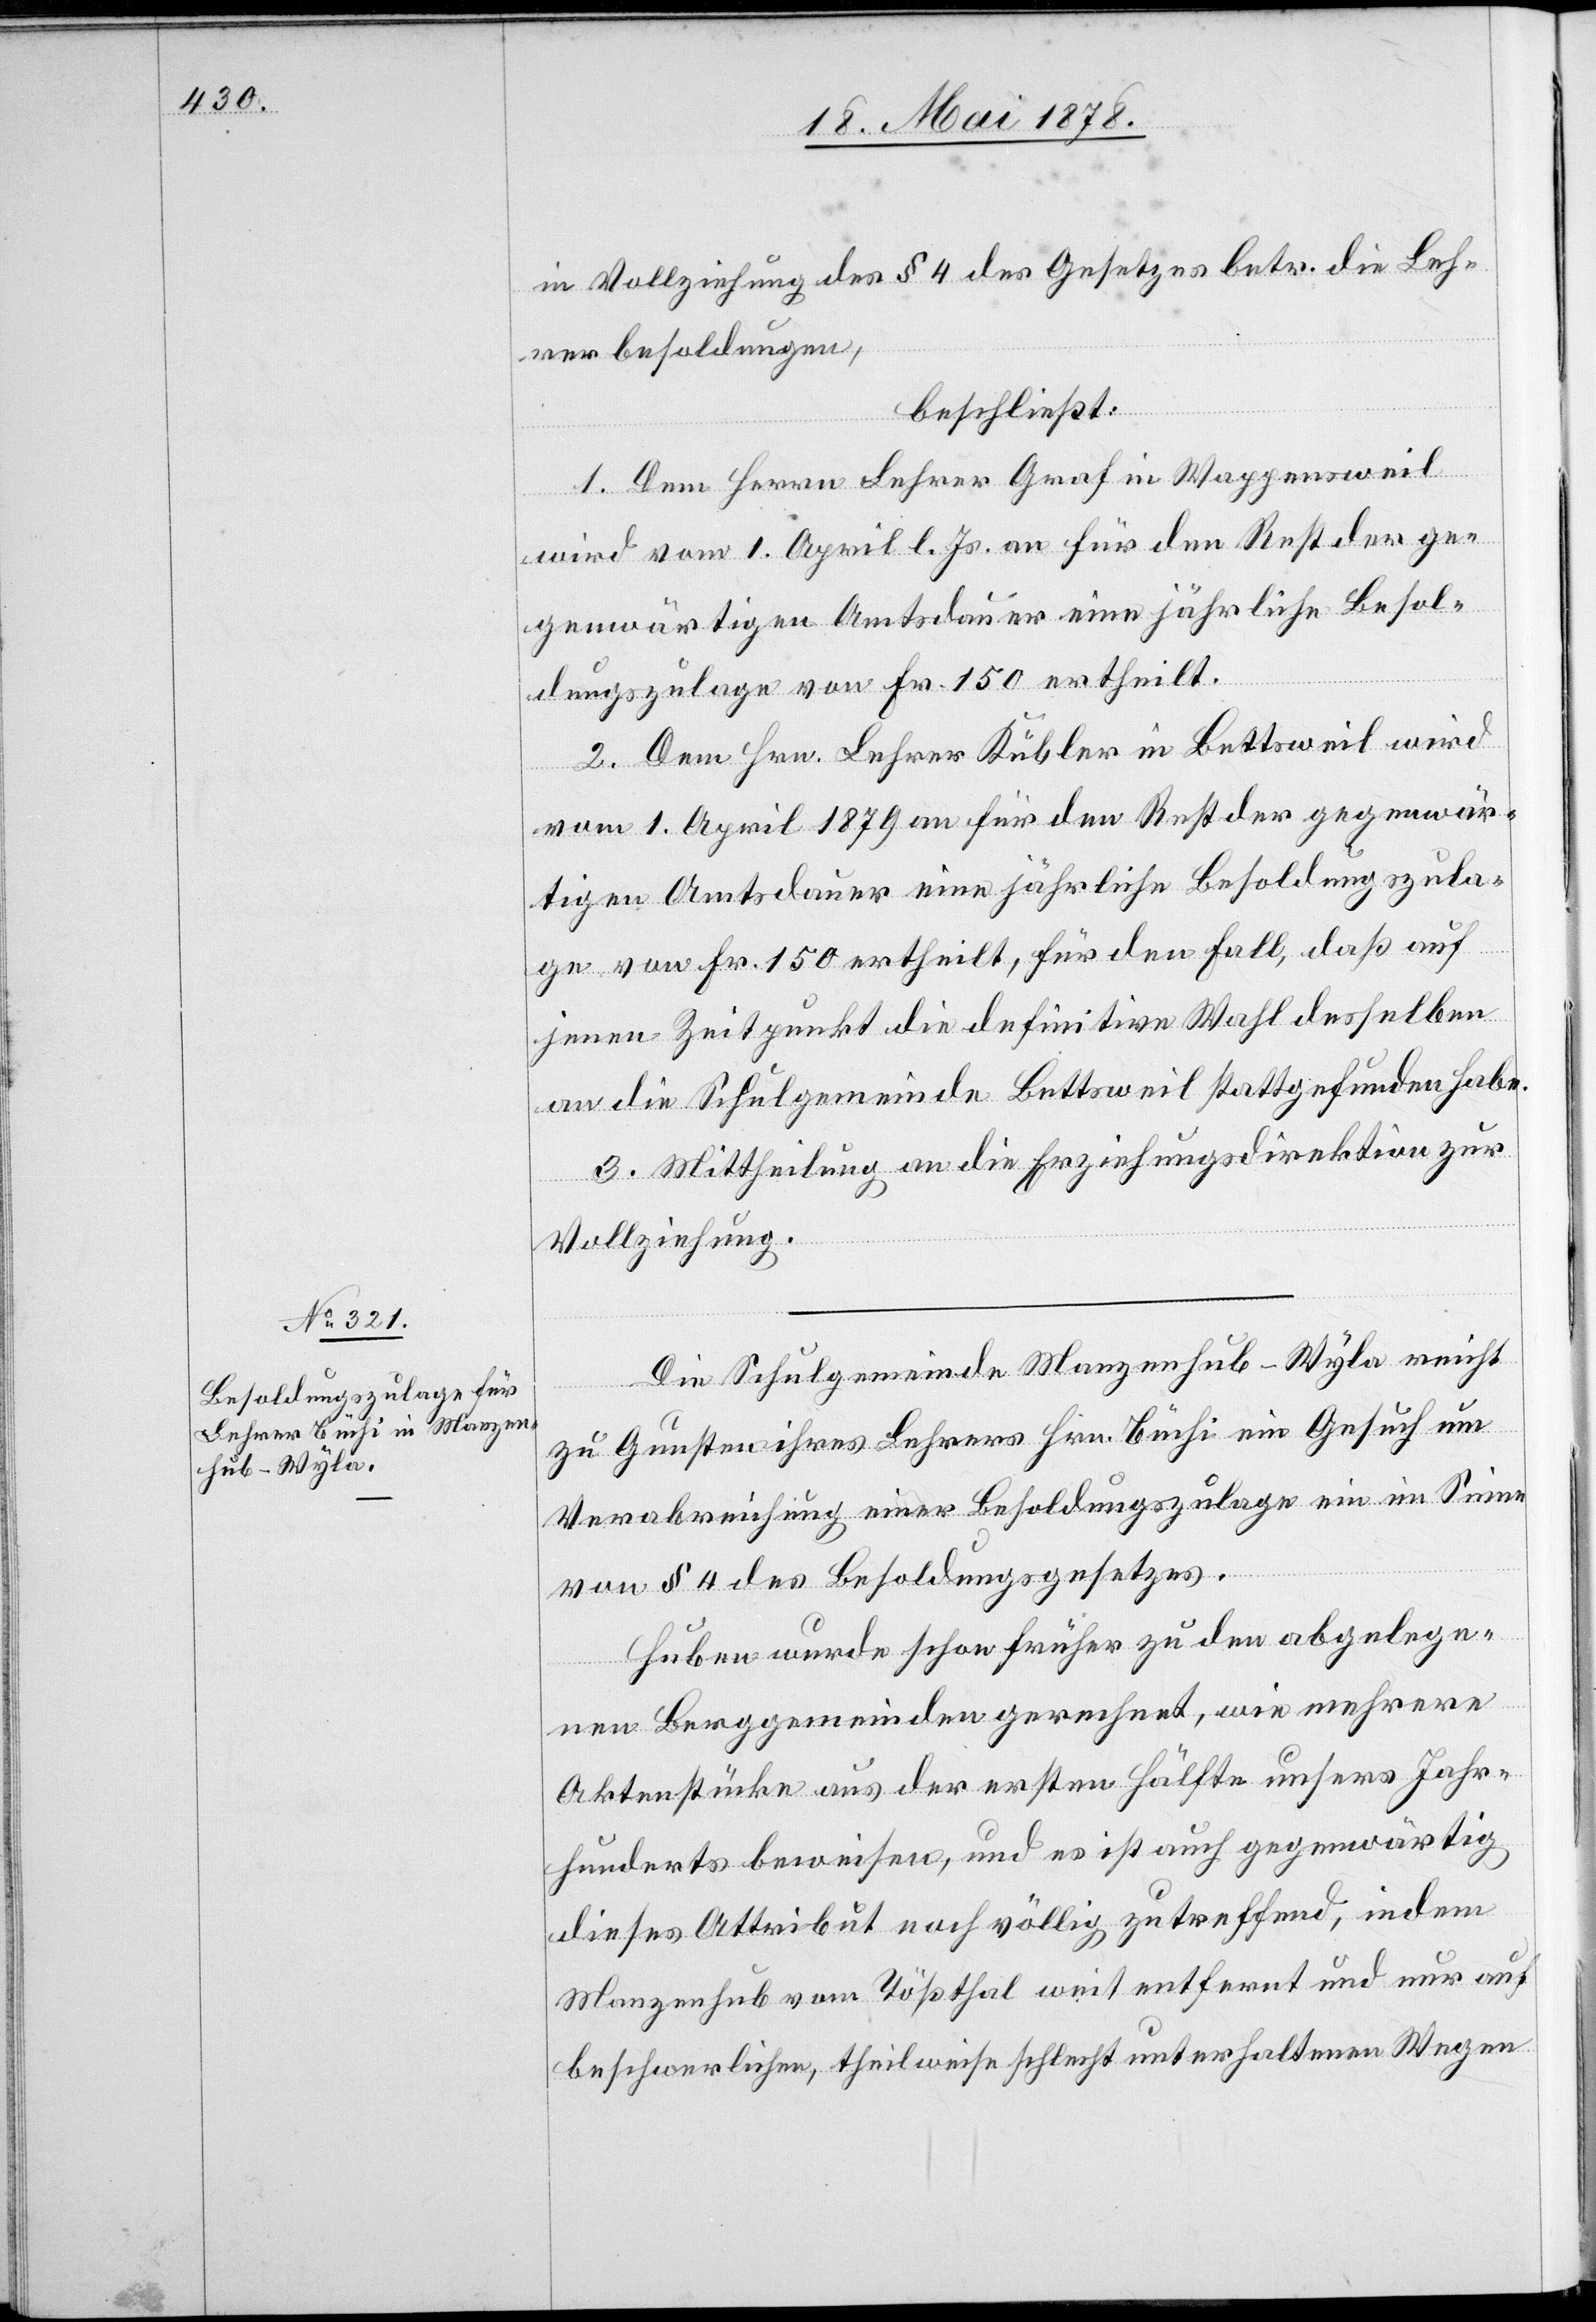
in Vollziehung des § 4 des Gesetzes betr. die Leh¬
rerbesoldungen,
beschließt:
1. Dem Herrn Lehrer Graf in Wappensweil
wird vom 1. April l. Js. an für den Rest der ge¬
genwärtigen Amtsdauer eine jährliche Besol¬
dungszulage von Fr. 150 ertheilt.
2. Dem Hrn. Lehrer Kübler in Bettsweil wird
vom 1. April 1879 an für den Rest der gegenwär¬
tigen Amtsdauer eine jährliche Besoldungszula¬
ge von Fr. 150 ertheilt, für den Fall, daß auf
jenen Zeitpunkt die definitive Wahl desselben
an die Schulgemeinde Bettsweil stattgefunden habe.
3. Mittheilung an die Erziehungsdirektion zur
Vollziehung.
Die Schulgemeinde Wangenhub - Wyla reicht
zu Gunsten ihres Lehrers Hrn. Büchi ein Gesuch um
Verabreichung einer Besoldungszulage ein im Sinne
von § 4 des Besoldungsgesetzes.
Huben wurde schon früher zu den abgelege¬
nen Berggemeinden gerechnet, wie mehrere
Aktenstücke aus der ersten Hälfte unsers Jahr¬
hunderts beweisen, und es ist auch gegenwärtig
dieses Attribut noch völlig zutreffend, indem
Wangenhub vom Tößthal weit entfernt und nur auf
beschwerlichen, theilweise schlecht unterhaltenen Wegen